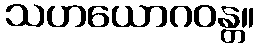
သဟယောဂဝန္တ။